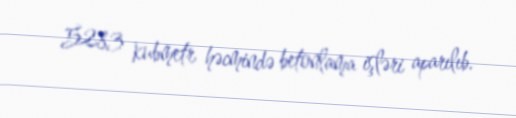
5283 kubmetr həcmində betonlama işləri aparılıb.